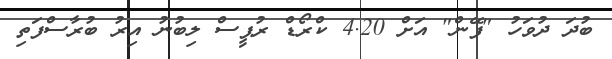
ބުދަ ދުވަހު "ފޭން" އަށް 4.20 ކްރޯޑް ރުޕީސް ލިބުނު އިރު ބުރާސްފަތި